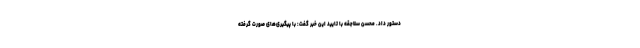
دستور داد. محسن سلاجقه با تایید این خبر گفت: با پیگیری‌های صورت گرفته